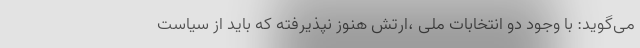
می‌گوید: با وجود دو انتخابات ملی ،ارتش هنوز نپذیرفته که باید از سیاست